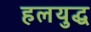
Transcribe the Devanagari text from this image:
हलयुद्ध